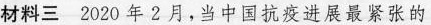
材料三 2020年2月，当中国抗疫进展最紧张的